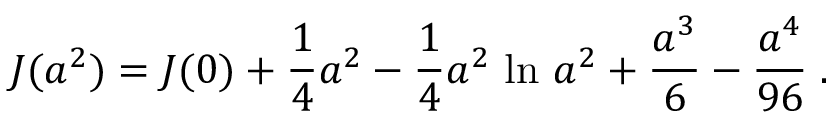
J ( a ^ { 2 } ) = J ( 0 ) + { \frac { 1 } { 4 } } a ^ { 2 } - { \frac { 1 } { 4 } } a ^ { 2 } \, \ln \, a ^ { 2 } + { \frac { a ^ { 3 } } { 6 } } - { \frac { a ^ { 4 } } { 9 6 } } \; .